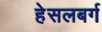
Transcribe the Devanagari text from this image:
हेसलबर्ग